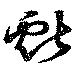
獻